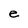
Character: e